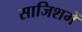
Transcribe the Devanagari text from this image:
साजिशमें